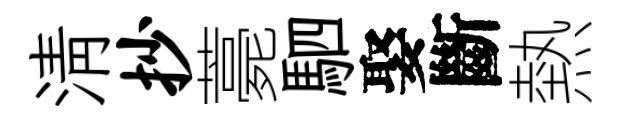
淸抄薧駟娶斷熱